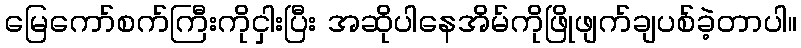
မြေကော်စက်ကြီးကိုငှါးပြီး အဆိုပါနေအိမ်ကိုဖြိုဖျက်ချပစ်ခဲ့တာပါ။